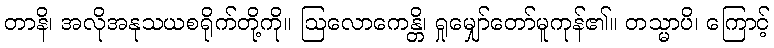
တာနိ၊ အလိုအနုသယစရိုက်တို့ကို။ ဩလောကေန္တိ၊ ရှုမျှော်တော်မူကုန်၏။ တသ္မာပိ၊ ကြောင့်